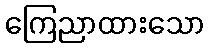
ကြေညာထားသော